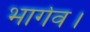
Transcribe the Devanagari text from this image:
भार्गव।